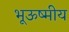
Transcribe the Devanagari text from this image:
भूऊष्मीय